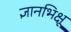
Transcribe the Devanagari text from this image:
ज्ञानभिक्षू